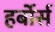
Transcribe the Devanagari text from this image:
हर्बोर्स